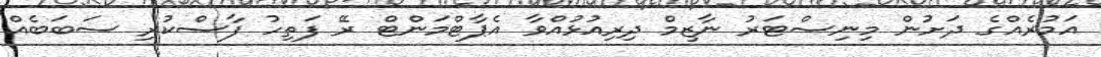
އަމުރެއްގެ ދަށުން މިނިސްޓަރު ނާޒިމް ދިރިއުޅުއްވާ އެޕާޓްމަންޓް ރޭ ފަތިހު ފާސްކުރި ސަބަބެއް